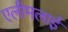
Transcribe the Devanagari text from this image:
एलीमलाई